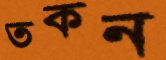
তকন